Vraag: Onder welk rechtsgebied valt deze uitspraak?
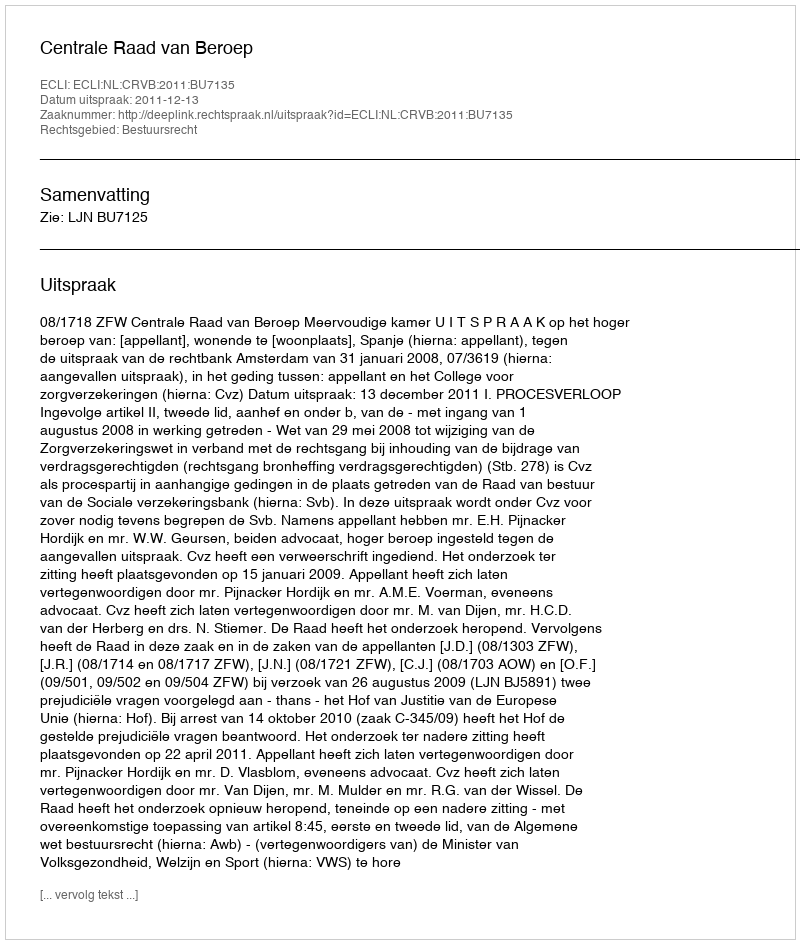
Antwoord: Bestuursrecht